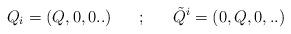
LaTeX: \begin{align*}Q_i = (Q,0,0..) ~~~~~;~~~~~{\tilde Q}^i=(0,Q,0,..)\end{align*}